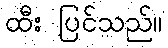
ထီး ပြင်သည်။